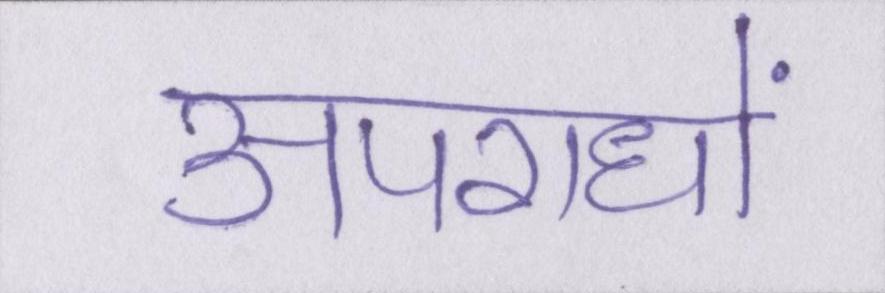
अपराधों